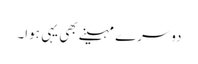
دوسرے مہینے بھی یہی ہوا۔